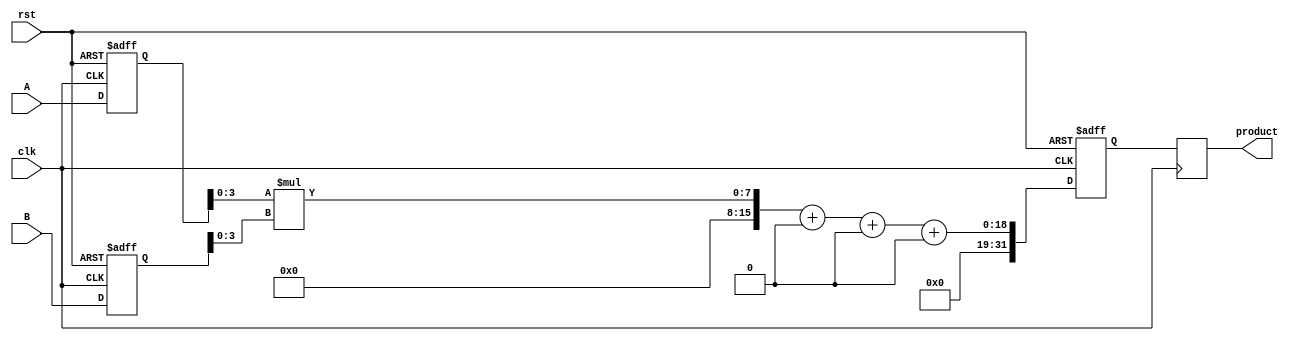
module pipelined_sliced_multiplier (
    input wire clk,
    input wire rst,
    input wire [15:0] A,
    input wire [15:0] B,
    output reg [31:0] product
);

    // Parameter definitions
    parameter SLICES = 4;
    parameter SLICE_WIDTH = 4;
    parameter TOTAL_WIDTH = 16;

    // Input registers
    reg [15:0] A_reg [0:SLICES-1];
    reg [15:0] B_reg [0:SLICES-1];

    // Partial products
    wire [15:0] partial_products [0:SLICES-1];

    // Adder tree signals
    wire [31:0] sum [0:SLICES-1];
    wire [31:0] carry [0:SLICES-1];

    // Output register
    reg [31:0] product_reg;

    // Control logic for pipelining
    integer i;

    // Sequential logic for input registers
    always @(posedge clk or posedge rst) begin
        if (rst) begin
            for (i = 0; i < SLICES; i = i + 1) begin
                A_reg[i] <= 16'b0;
                B_reg[i] <= 16'b0;
            end
            product_reg <= 32'b0;
        end else begin
            // Shift the input registers
            for (i = SLICES-1; i > 0; i = i - 1) begin
                A_reg[i] <= A_reg[i-1];
                B_reg[i] <= B_reg[i-1];
            end
            A_reg[0] <= A;
            B_reg[0] <= B;

            // Update product register
            product_reg <= sum[SLICES-1];
        end
    end

    // Generate partial products
    genvar j;
    generate
        for (j = 0; j < SLICES; j = j + 1) begin : partial_product_gen
            assign partial_products[j] = A_reg[j][SLICE_WIDTH-1:0] * B_reg[j][SLICE_WIDTH-1:0];
        end
    endgenerate

    // Adder tree (simple structure for illustration)
    always @(*) begin
        sum[0] = {16'b0, partial_products[0]};
        for (i = 1; i < SLICES; i = i + 1) begin
            sum[i] = sum[i-1] + {partial_products[i], i*SLICE_WIDTH'b0};
        end
    end

    // Output assignment
    always @(posedge clk) begin
        product <= product_reg;
    end

endmodule